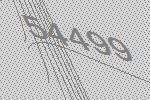
54499